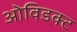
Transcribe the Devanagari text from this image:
ओविडक्ट